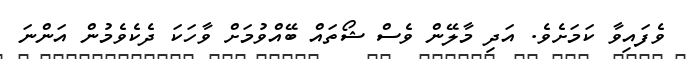
ވެފައިވާ ކަމަށެވެ. އަދި މާލޭން ވެސް ޝޯތައް ބޭއްވުމަށް ވާހަކަ ދެކެވެމުން އަންނަ